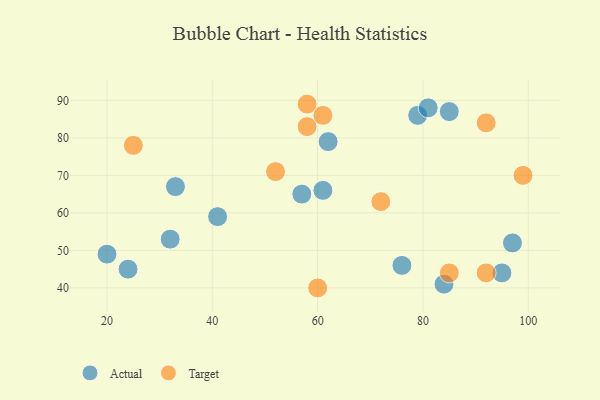
{"axis": {"x": "GDP", "y": "Life Expectancy"}, "legend": ["Actual", "Target"], "data": [{"x": "57", "y": 65, "type": "Actual"}, {"x": "61", "y": 66, "type": "Actual"}, {"x": "84", "y": 41, "type": "Actual"}, {"x": "33", "y": 67, "type": "Actual"}, {"x": "76", "y": 46, "type": "Actual"}, {"x": "95", "y": 44, "type": "Actual"}, {"x": "79", "y": 86, "type": "Actual"}, {"x": "32", "y": 53, "type": "Actual"}, {"x": "62", "y": 79, "type": "Actual"}, {"x": "41", "y": 59, "type": "Actual"}, {"x": "97", "y": 52, "type": "Actual"}, {"x": "85", "y": 87, "type": "Actual"}, {"x": "20", "y": 49, "type": "Actual"}, {"x": "81", "y": 88, "type": "Actual"}, {"x": "24", "y": 45, "type": "Actual"}, {"x": "52", "y": 71, "type": "Target"}, {"x": "58", "y": 89, "type": "Target"}, {"x": "85", "y": 44, "type": "Target"}, {"x": "25", "y": 78, "type": "Target"}, {"x": "72", "y": 63, "type": "Target"}, {"x": "60", "y": 40, "type": "Target"}, {"x": "58", "y": 83, "type": "Target"}, {"x": "99", "y": 70, "type": "Target"}, {"x": "92", "y": 84, "type": "Target"}, {"x": "92", "y": 44, "type": "Target"}, {"x": "61", "y": 86, "type": "Target"}]}